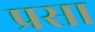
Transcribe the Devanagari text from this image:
प्रसा